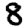
Digit: 8